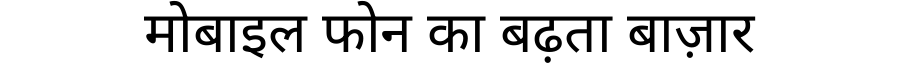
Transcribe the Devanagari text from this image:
मोबाइल फोन का बढ़ता बाज़ार